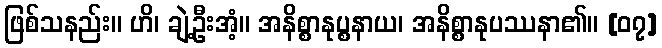
ဖြစ်သနည်း။ ဟိ၊ ချဲ့ဦးအံ့။ အနိစ္စာနုပ္စနာယ၊ အနိစ္စာနုပဿနာ၏။ [၀၇]